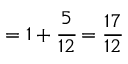
= 1 + { \cfrac { 5 } { 1 2 } } = { \frac { 1 7 } { 1 2 } }